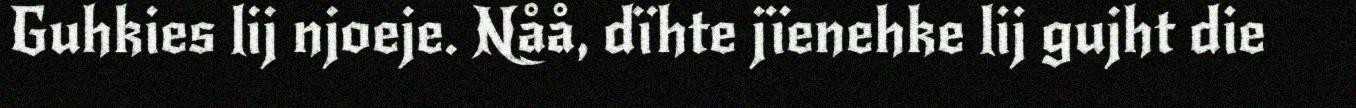
Guhkies lij njoeje. Nåå, dïhte jïenehke lij gujht die